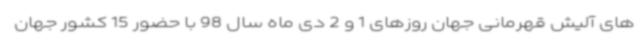
های آلیش قهرمانی جهان روزهای 1 و 2 دی ماه سال 98 با حضور 15 کشور جهان